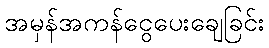
အမှန်အကန်ငွေပေးချေခြင်း